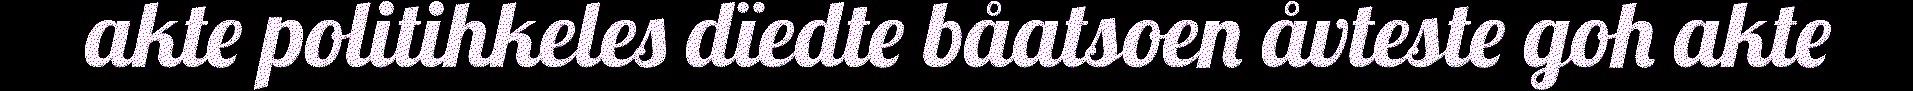
akte politihkeles dïedte båatsoen åvteste goh akte